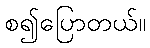
စ၍ပြောတယ်။